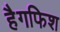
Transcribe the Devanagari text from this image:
हैगफिश